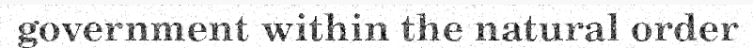
government within the natural order